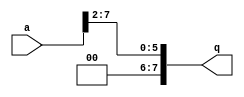
module shift_reg(
  input [7:0]a,
  output reg [7:0]q);
  always @(*)
    begin
      q=a>>2;
    end 
endmodule